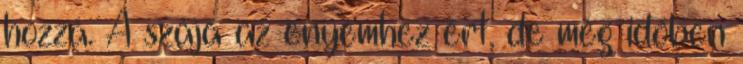
hozzá. A szája az enyémhez ért, de még időben